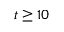
t \geq 1 0